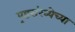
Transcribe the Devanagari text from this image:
पृष्ठसंख्येच्या